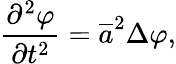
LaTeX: {\frac{\partial^{2}\varphi}{\partial t^{2}}}={\overline{{a}}}^{2}\Delta\varphi,